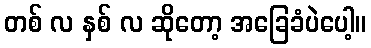
တစ် လ နှစ် လ ဆိုတော့ အခြေခံပဲပေါ့။